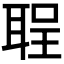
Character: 𫆅